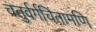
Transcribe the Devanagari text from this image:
चतुर्वर्गचिंतामणि